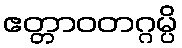
ဧတ္တာဝတဂ္ဂမ္ပိ